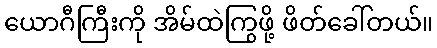
ယောဂီကြီးကို အိမ်ထဲကြွဖို့ ဖိတ်ခေါ်တယ်။